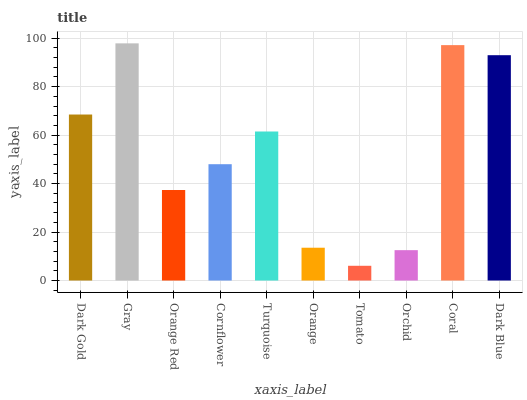
| xaxis_label | bars |
 | --- | --- |
 | Dark Gold | 68.5 |
 | Gray | 97.9 |
 | Orange Red | 37.3 |
 | Cornflower | 48 |
 | Turquoise | 61.5 |
 | Orange | 13.5 |
 | Tomato | 6.08 |
 | Orchid | 12.5 |
 | Coral | 97.1 |
 | Dark Blue | 93 |